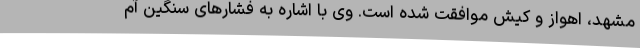
مشهد، اهواز و کیش موافقت شده است. وی با اشاره به فشارهای سنگین آم